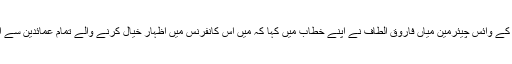
نظریۂ پاکستان ٹرسٹ کے وائس چیئرمین میاں فاروق الطاف نے اپنے خطاب میں کہا کہ میں اس کانفرنس میں اظہار خیال کرنے والے تمام عمائدین سے اظہار سپاس کرتا ہوں۔